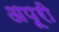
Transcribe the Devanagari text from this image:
अपूरी